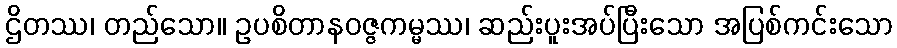
ဌိတဿ၊ တည်သော။ ဥပစိတာနဝဇ္ဇကမ္မ္မဿ၊ ဆည်းပူးအပ်ပြီးသော အပြစ်ကင်းသော